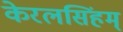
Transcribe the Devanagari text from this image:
केरलसिंहम्